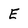
Character: E